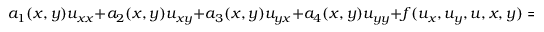
a _ { 1 } ( x , y ) u _ { x x } + a _ { 2 } ( x , y ) u _ { x y } + a _ { 3 } ( x , y ) u _ { y x } + a _ { 4 } ( x , y ) u _ { y y } + f ( u _ { x } , u _ { y } , u , x , y ) = 0